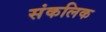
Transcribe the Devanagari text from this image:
संकलिक